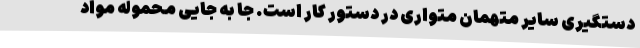
دستگیری سایر متهمان متواری در دستور کار است. جا به جایی محموله مواد